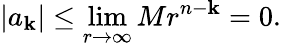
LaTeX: |a_{\mathbf{k}}|\leq\operatorname*{lim}_{r\to\infty}Mr^{n-\mathbf{k}}=0.